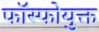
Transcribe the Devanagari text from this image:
फॉस्फोयुक्त